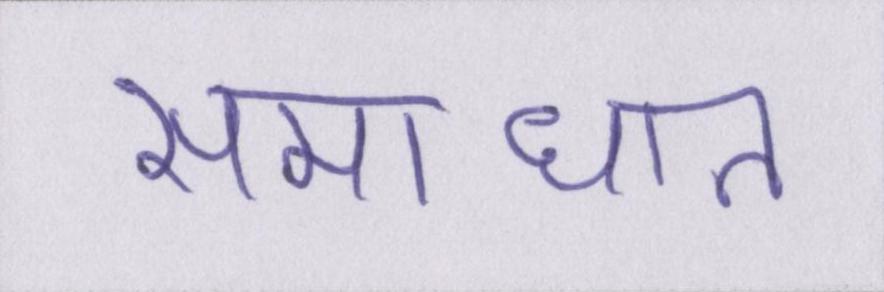
समाधान